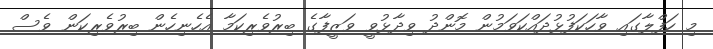
މި ހަފްލާގައި ވާހަކަފުޅުދައްކަވަމުން މޮންދު ވިދާޅުވީ ވަޒީފާގެ ބިރުވެރިކަމާ އެހެނިހެން ބިރުވެރިކަން ވެސް